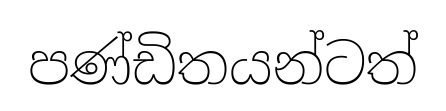
පණ්ඩිතයන්ටත්